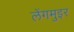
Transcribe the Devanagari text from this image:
लेंगमुइर